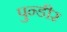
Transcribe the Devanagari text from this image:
पुन्डीर